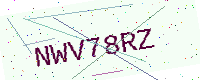
Text: NWV78RZ